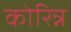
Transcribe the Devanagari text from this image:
कोरिन्न